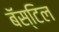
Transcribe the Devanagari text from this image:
बॅस्टिल